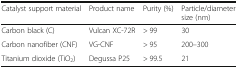
| Catalyst support material | Product name | Purity (%) | Particle/diameter size (nm) |
 | --- | --- | --- | --- |
 | Carbon black (C) | Vulcan XC-72R | > 99 | 30 |
 | Carbon nanofiber (CNF) | VG-CNF | > 95 | 200–300 |
 | Titanium dioxide (TiO2) | Degussa P25 | > 99.5 | 21 |